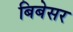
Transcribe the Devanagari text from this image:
बिबेसर